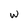
Character: w